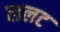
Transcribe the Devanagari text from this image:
ललट